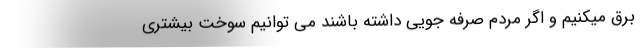
برق میکنیم و اگر مردم صرفه جویی داشته باشند می توانیم سوخت بیشتری